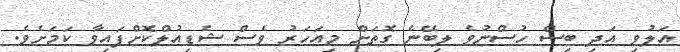
އަލުވި އަދި ބިސް ހުސްނުވެ ލިބޭނެ ގޮތަށް މިއަހަރު ވެސް ޝެޑިއުލްކޮށްފައިވާ ކަމަށެވެ.